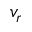
v _ { r }